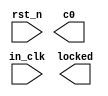
module clk_gen(
    input  wire   in_clk,
    input  wire   rst_n,
    output reg    c0,
    output reg    locked 
);
    
endmodule